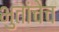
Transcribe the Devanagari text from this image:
भुतांचेच